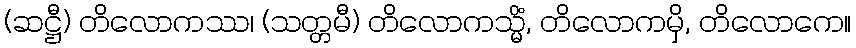
(ဆဋ္ဌီ) တိလောကဿ၊ (သတ္တမီ) တိလောကသ္မိံ, တိလောကမှိ, တိလောကေ။